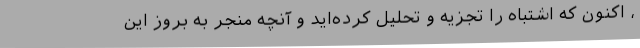
، اکنون که اشتباه را تجزیه و تحلیل کرده‌اید و آنچه منجر به بروز این